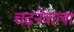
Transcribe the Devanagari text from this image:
चढ़नेवाला